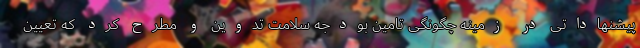
پیشنهاداتی در زمینه چگونگی تامین بودجه سلامت تدوین و مطرح کرد که تعیین